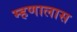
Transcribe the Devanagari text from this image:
म्हणालास